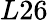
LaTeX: L26